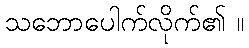
သဘောပေါက်လိုက်၏ ။